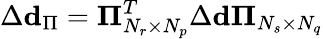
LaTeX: \Delta\mathbf{d}_{\Pi}=\mathbf{\Pi}_{N_{r}\times N_{p}}^{T}\Delta\mathbf{d}\mathbf{\Pi}_{N_{s}\times N_{q}}